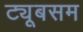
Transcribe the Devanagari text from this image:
ट्यूबसम